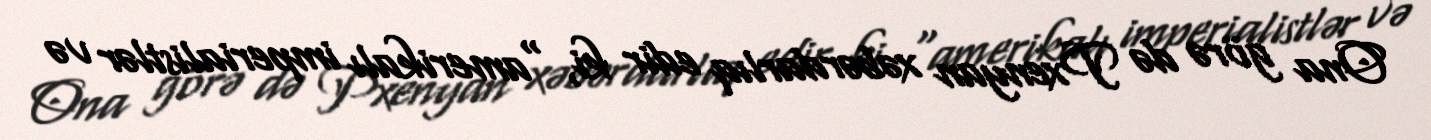
Ona görə də Pxenyan xəbərdarlıq edir ki, “amerikalı imperialistlər və